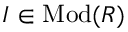
I \in { \mathrm { M o d } } ( R )